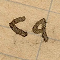
٢٩